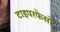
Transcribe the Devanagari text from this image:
टाइपरफेसों